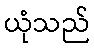
ယုံသည်